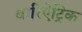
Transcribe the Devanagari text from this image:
बारिऐट्रिक